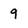
Character: 9